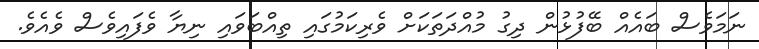
ނަމަވެސް ބައެއް ބޭފުޅުން ދިގު މުއްދަތަކަށް ވެރިކަމުގައި ތިއްބަވައި ނިޔާ ވެފައިވެސް ވެއެވެ.